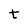
Character: t